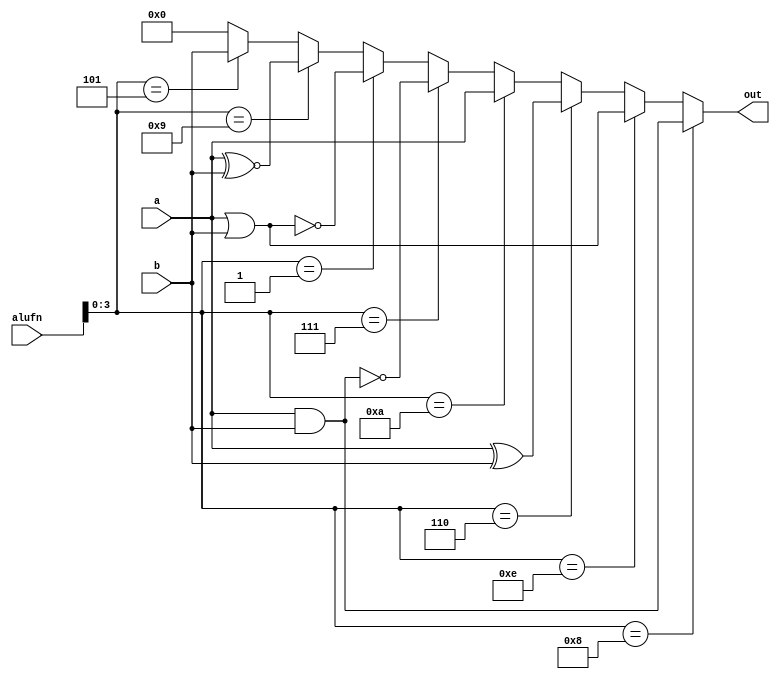
module boolean_11 (
    input [15:0] a,
    input [15:0] b,
    input [6:0] alufn,
    output reg [15:0] out
  );
  
  
  
  always @* begin
    if (alufn[0+3-:4] == 4'h8) begin
      out = a & b;
    end else begin
      if (alufn[0+3-:4] == 4'he) begin
        out = a | b;
      end else begin
        if (alufn[0+3-:4] == 4'h6) begin
          out = a ^ b;
        end else begin
          if (alufn[0+3-:4] == 4'ha) begin
            out = a;
          end else begin
            if (alufn[0+3-:4] == 4'h7) begin
              out = ~(a & b);
            end else begin
              if (alufn[0+3-:4] == 4'h1) begin
                out = ~(a | b);
              end else begin
                if (alufn[0+3-:4] == 4'h9) begin
                  out = a ~^ b;
                end else begin
                  if (alufn[0+3-:4] == 4'h5) begin
                    out = b;
                  end else begin
                    out = 1'h0;
                  end
                end
              end
            end
          end
        end
      end
    end
  end
endmodule